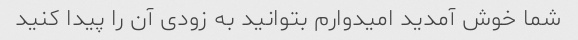
شما خوش آمدید امیدوارم بتوانید به زودی آن را پیدا کنید